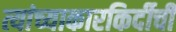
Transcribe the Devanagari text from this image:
त्यांच्याकारकिर्दीची